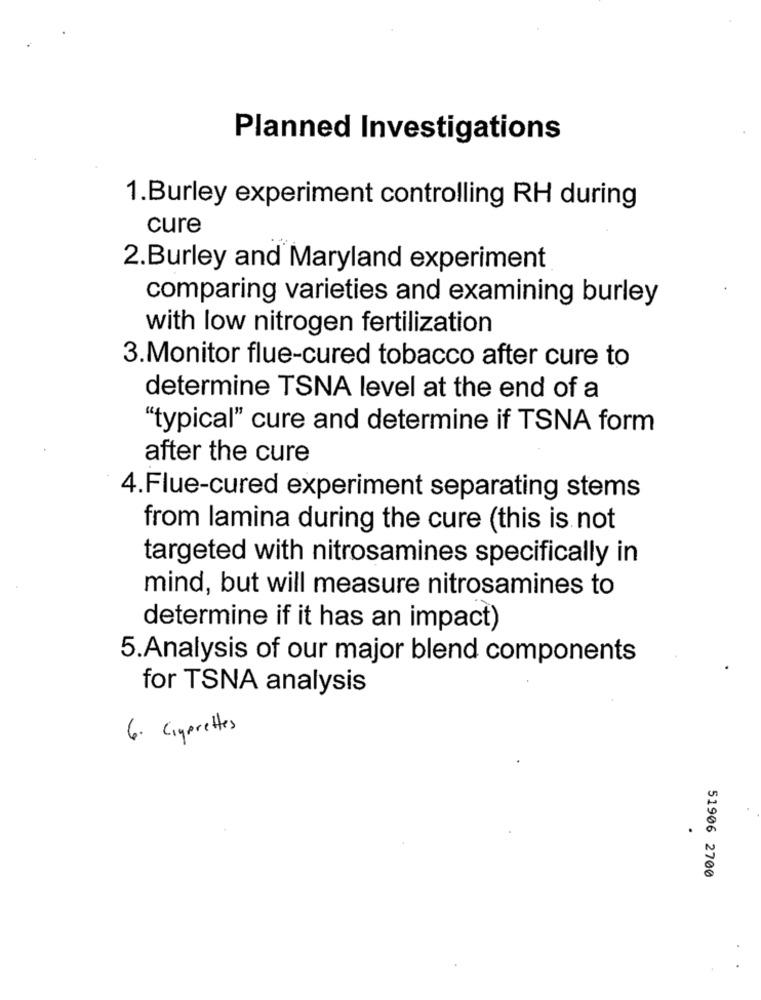
Planned Investigations
1.Burley experiment controlling RH during
cure
2.Burley and Maryland experiment
comparing varieties and examining burley
with low nitrogen fertilization
3.Monitor flue-cured tobacco after cure to
determine TSNA level at the end of a
"typical" cure and determine if TSNA form
after the cure
4.Flue-cured experiment separating stems
from lamina during the cure (this is not
targeted with nitrosamines specifically in
mind, but will measure nitrosamines to
determine if it has an impact)
5.Analysis of our major blend components
for TSNA analysis
6. Gyprettes
51906 2700